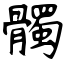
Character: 髑